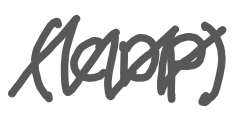
Text: (CDP)
Cross-out: zig-zag
Writing tool: digital_gray